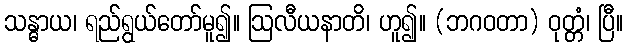
သန္ဓာယ၊ ရည်ရွယ်တော်မူ၍။ ဩလီယနာတိ၊ ဟူ၍။ (ဘဂဝတာ) ဝုတ္တံ၊ ပြီ။